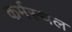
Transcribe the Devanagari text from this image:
कर्मस्थल